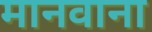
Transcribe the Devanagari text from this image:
मानवाना